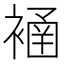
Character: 𧜄